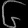
Digit: ၆